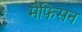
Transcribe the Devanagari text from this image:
मैफिसन